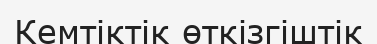
Кемтіктік өткізгіштік